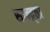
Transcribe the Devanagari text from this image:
सान्द्र्ता